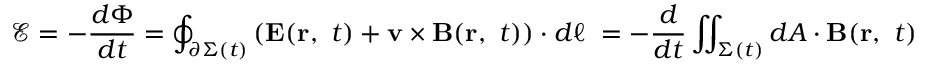
{ \mathcal { E } } = - { \frac { d \Phi } { d t } } = \oint _ { \partial \Sigma ( t ) } \left( \mathbf { E } ( \mathbf { r } , \ t ) + \mathbf { v } \times \mathbf { B } ( \mathbf { r } , \ t ) \right) \cdot d { \boldsymbol { \ell } } \ = - { \frac { d } { d t } } \iint _ { \Sigma ( t ) } d { \boldsymbol { A } } \cdot \mathbf { B } ( \mathbf { r } , \ t )